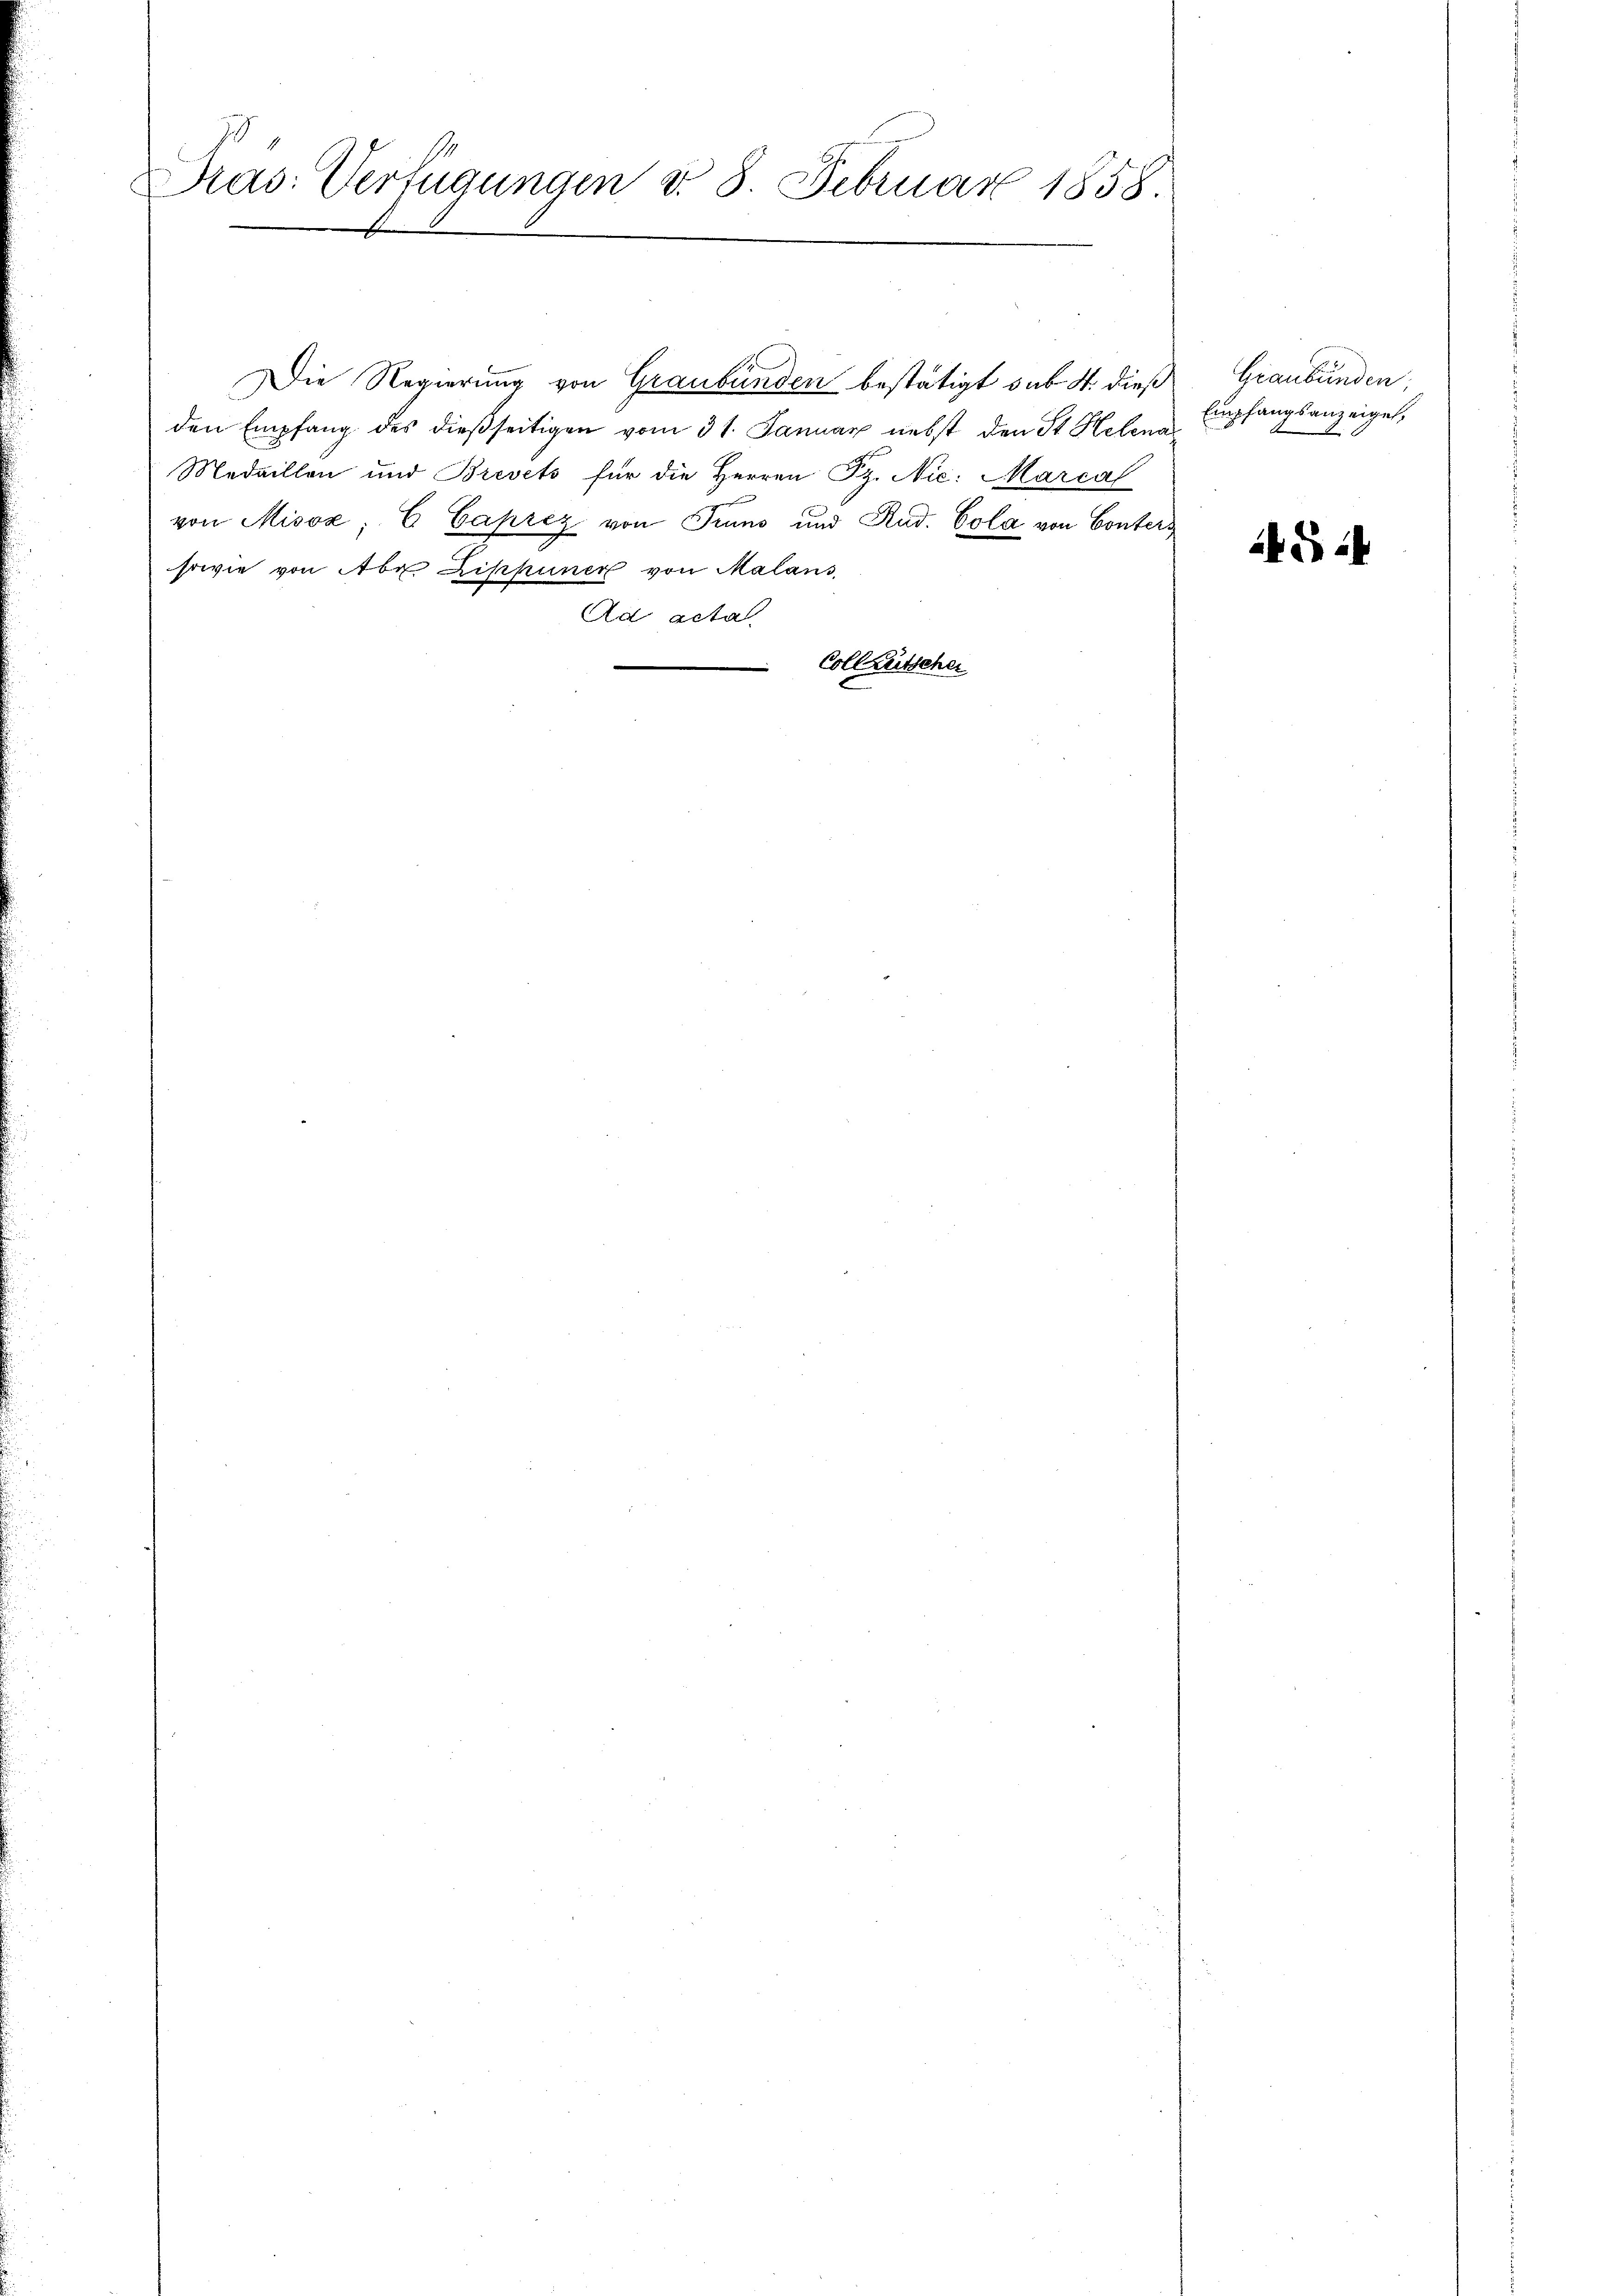
Pras: Verfügungen d. 8. Februar 1858.

Die Regierung von Graubünden bestätigt sub. 4. dieß Graubünden,
den Empfang des dießseitigen vom 31. Januar nebst den St. Helena
Medaillon und Brevets für die Herren Pr. Nic: Marcal
von Misox; E Caprez von Truns und Rud. Cola von Conters
sowie von Aber Riphuner von Malans,
Ad acta
Colletscher
2

Empfangsanzeigel,

AG 24